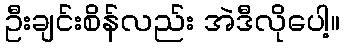
ဦးချင်းစိန်လည်း အဲဒီလိုပေါ့။